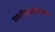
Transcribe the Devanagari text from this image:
स्तानिस्लॉसला